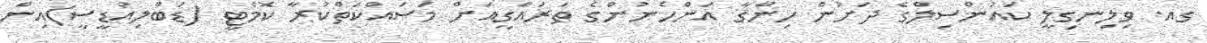
ގއ. ވިލިނގިލީ ކައުންސިލްގެ ދަށުން ހިންގާ އަންހެނުންގެ ތަރައްގީއަށް މަސައްކަތްކުރާ ކޮމެޓީ (ޑަބްލިއުޑީސީ)އިން